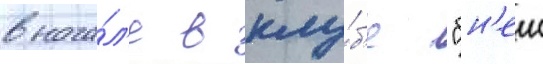
внача́л'е в клу́б'е "бн'еи